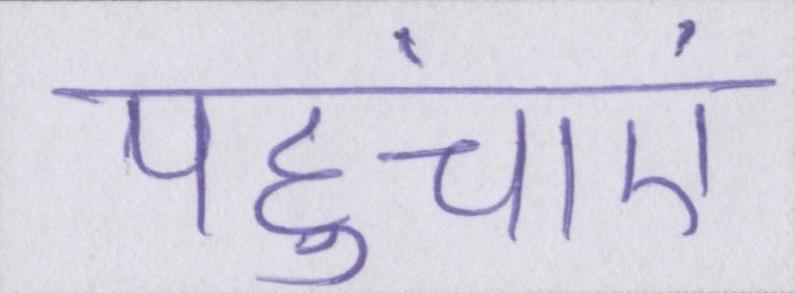
पहुंचाएं